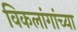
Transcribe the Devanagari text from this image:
विकलांगांच्या